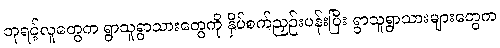
ဘုရင့်လူတွေက ရွာသူရွာသားတွေကို နှိပ်စက်ညှဉ်းပန်းပြီး ရွာသူရွာသားများတွေက